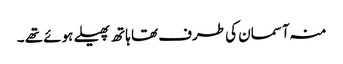
منہ آسمان کی طرف تھا ہاتھ پھیلے ہوئے تھے ۔